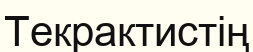
Текрактистің